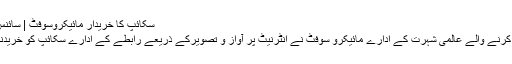
سکائپ کا خریدار مائیکروسوفٹ | سائنس اور ماحول | DW | 11.05.2011
کمپیوٹر کے سوفٹ ویئر پروگرام تیار کرنے والے عالمی شہرت کے ادارے مائیکرو سوفٹ نے انٹرنیٹ پر آواز و تصویرکے ذریعے رابطے کے ادارے سکائپ کو خریدنے کی ڈیل کو حتمی شکل دے دی ہے۔